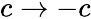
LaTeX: c\rightarrow-c